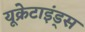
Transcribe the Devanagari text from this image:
यूक्रेटाइंड्स